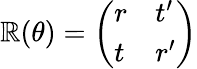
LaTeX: \mathbb{R}(\theta)={\left(\begin{array}{ll}{r}&{t^{\prime}}\\ {t}&{r^{\prime}}\end{array}\right)}